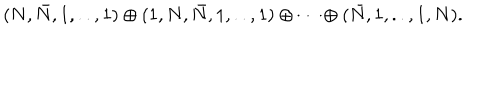
( N , \bar { N } , 1 , . . , 1 ) \oplus ( 1 , N , \bar { N } , 1 , . . , 1 ) \oplus \cdots \oplus ( \bar { N } , 1 , . . , 1 , N ) .